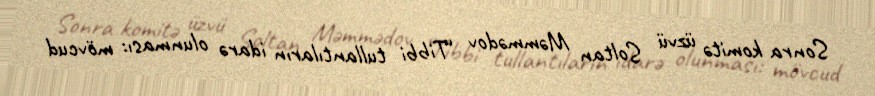
Sonra komitə üzvü Soltan Məmmədov “Tibbi tullantıların idarə olunması: mövcud